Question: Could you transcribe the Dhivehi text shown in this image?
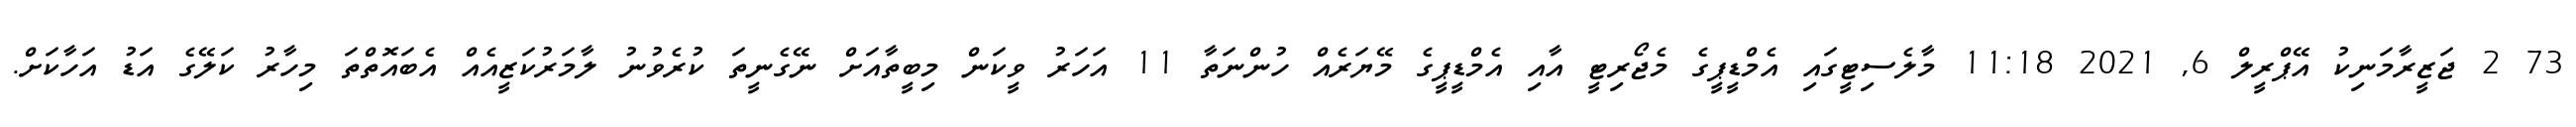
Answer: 73 2 ޖަޒީރާމަނިކު އޭޕްރީލް 6, 2021 11:18 މާލެސިޓީގައި އެމްޑީޕީގެ މެޖޯރިޓީ އާއި އެމްޑީޕީގެ މޭޔަރެއް ހުންނަތާ 11 އަހަރު ވީކަން މިބީތާއަށް ނޭގެނީތަ ކުރެވުނު ލާމަރުކަޒީއެއް އެބައޮތްތަ މިހާރު ކަލޭގެ އަޑު އަހާކަށް.